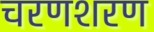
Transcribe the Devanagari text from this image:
चरणशरण